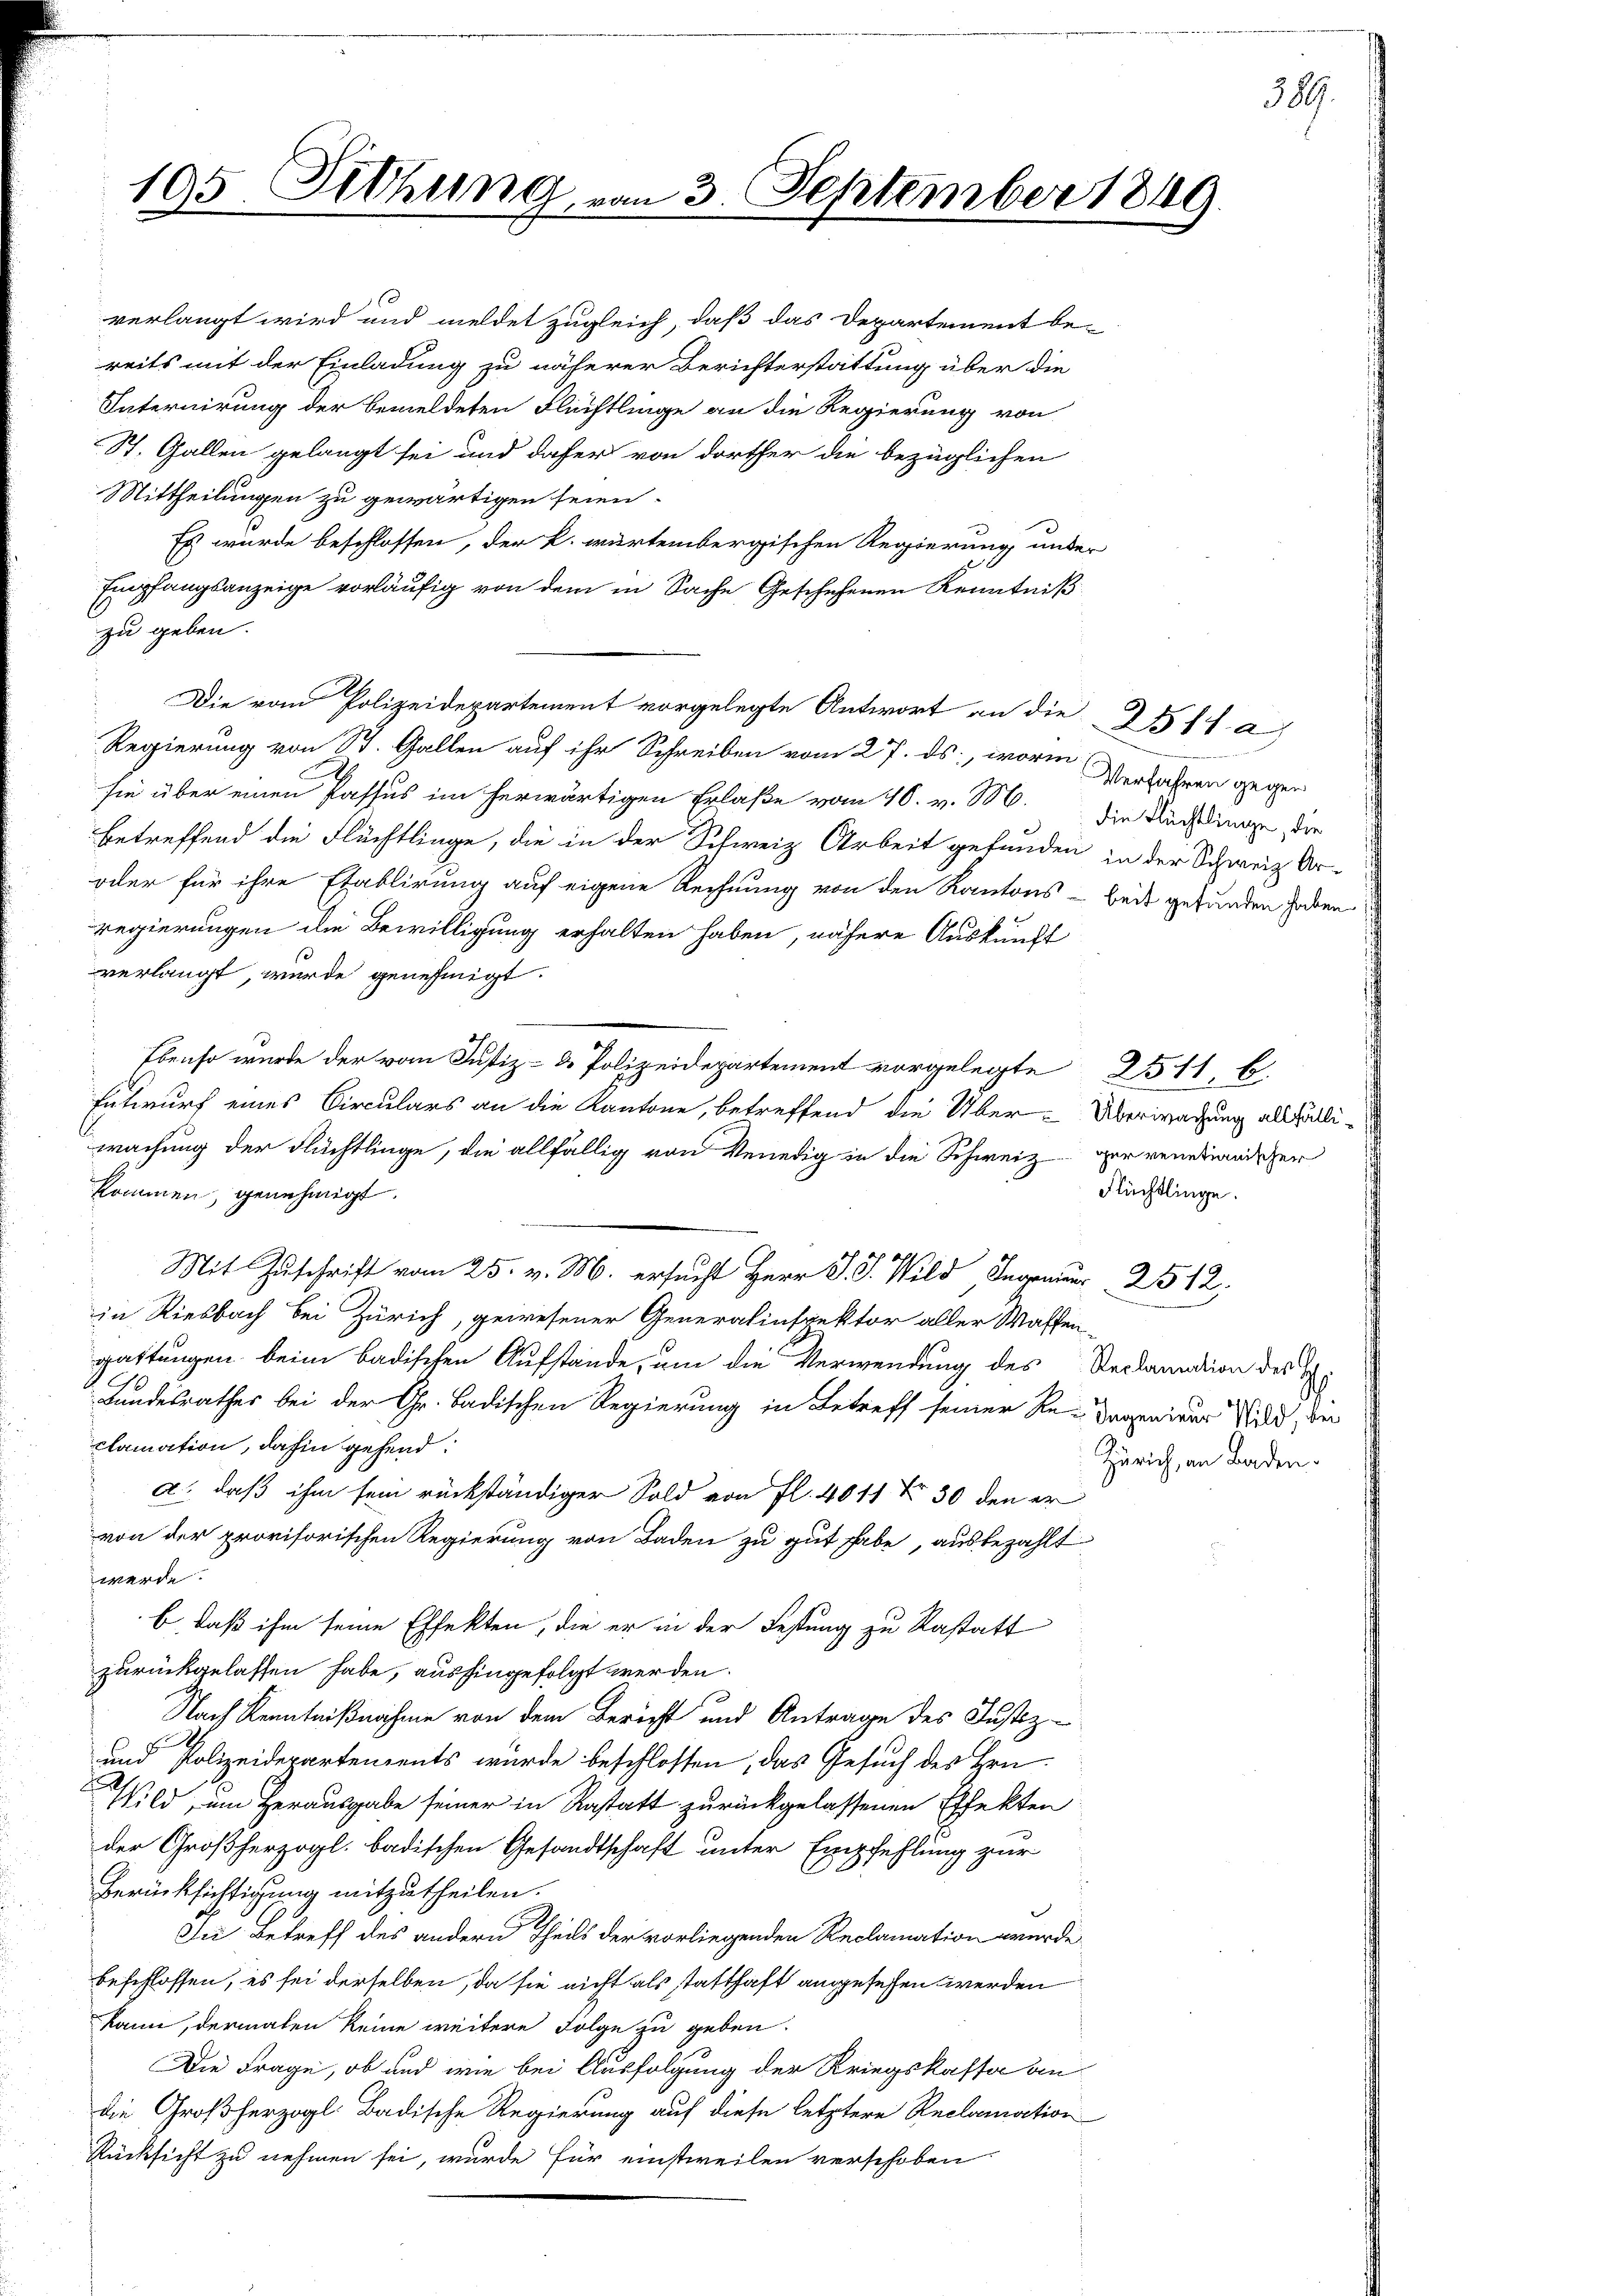
195. Sitzung

verlangt wird und meldet zugleich, daß das Departement be-
reits mit der Einladung zu näherer Berichterstattung über die
Internirung der bemeldeten Flüchtlinge an die Regierung von
St. Gallen gelangt sei und daher von dorther die bezüglichen
Mittheilungen zu gewärtigen seien.
Es wurde beschlossen, der k. wartembergischen Regierung unter
Empfangsanzeige vorläufig von dem in Sache Geschehenen Kenntniß
zu geben.
Die vom Polizeidepartement vorgelegte Antwort an die 311 a
Regierung von St. Gallen auf ihr Schreiben vom 27. ds., worin Verfahren gegen
sie über einen Passus im herwärtigen Erlaße vom 40. v. M. die Rechtlinge, die
betreffend die Flüchtlinge, die in der Schweiz Arbeit gefunden in der Schweiz Ur-
oder für ihre Etablirung auf eigene Rechnung von den Kantons - beit gefunden haben
regierungen die Bewilligung erhalten haben, nähere Auskunft
verlangt, wurde genehmigt.
 Ebenso wurde der vom Justiz- & Polizeidepartement vorgelegte 2511, b.
Entwurf eines Circulars an die Kantone, betreffend die Über-Überwachung allfälliwachung der Flüchtlinge, die allfällig von Venedig in die Schweiz der venetianischer
kommen, genehmigt.
.

in Riesbach bei Zürich, gewesener Generalinspektor aller Waffen-
gattungen beim badischen Aufstände, um die Verwendung des Reclamation des Ja¬
Landesrathes bei der Gr. Badischen Regierung in Betreff seiner Re-Tagenieur Wild, der
clamation, dahin gehend.
Zürich, an Baden.
a. daß ihm sein rückständiger Sold von fl. 4011 f 30 den er
von der provisorischen Regierung von Baden zu gut habe, ausbezahlt
werde.
E daß ihm seine Effekten, die er in der Festung zu Rastatt
zurückgelassen habe, aushingefolgt werden.
Nach Kenntnißnahme von dem Bericht und Antrage des Justiz-
und Polizeidepartements wurde beschlossen, das Gesuch des Hrn.
Wild, um Herausgabe seiner in Restatt zurückgelassenen Effekten
der Großherzogl. badischen Gesandtschaft unter Empfehlung zur
Berücksichtigung mitzutheilen.
Ju Betreff des andern Theils der vorliegenden Reclamation wurde.
beschlossen, es sei derselben, da sie nicht als statthaft angesehen werden
kann, dermalen keine weitere Folge zu geben.
Die Frage, ob und wie bei Ausfolgung der Kriegskassa an
die Großherzogl. Badische Regierung auf diese letztere Reclamation
Rücksicht zu nehmen sei, wurde für einstweilen verschoben

3. September 18

9

Flüchtlinge.

389.

1